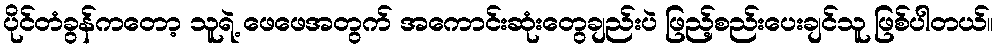
ပိုင်တံခွန်ကတော့ သူရဲ့ ဖေဖေအတွက် အကောင်းဆုံးတွေချည်းပဲ ဖြည့်စည်းပေးချင်သူ ဖြစ်ပါတယ်။